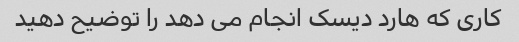
کاری که هارد دیسک انجام می دهد را توضیح دهید